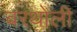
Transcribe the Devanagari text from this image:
बरथोली